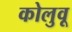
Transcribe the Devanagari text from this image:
कोलुवू